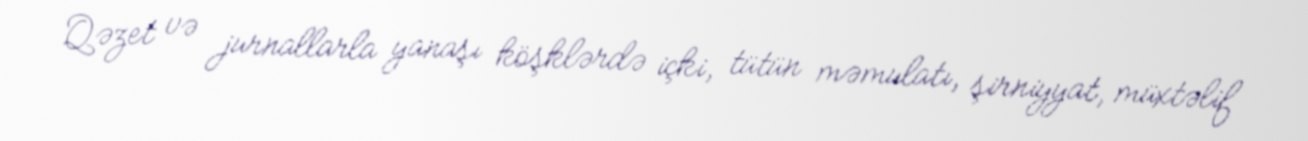
Qəzet və jurnallarla yanaşı köşklərdə içki, tütün məmulatı, şirniyyat, müxtəlif